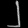
Digit: ၂